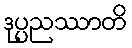
ဒုပ္ပညဿာတိ